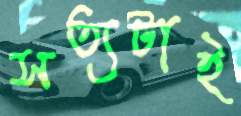
সত্যটাই